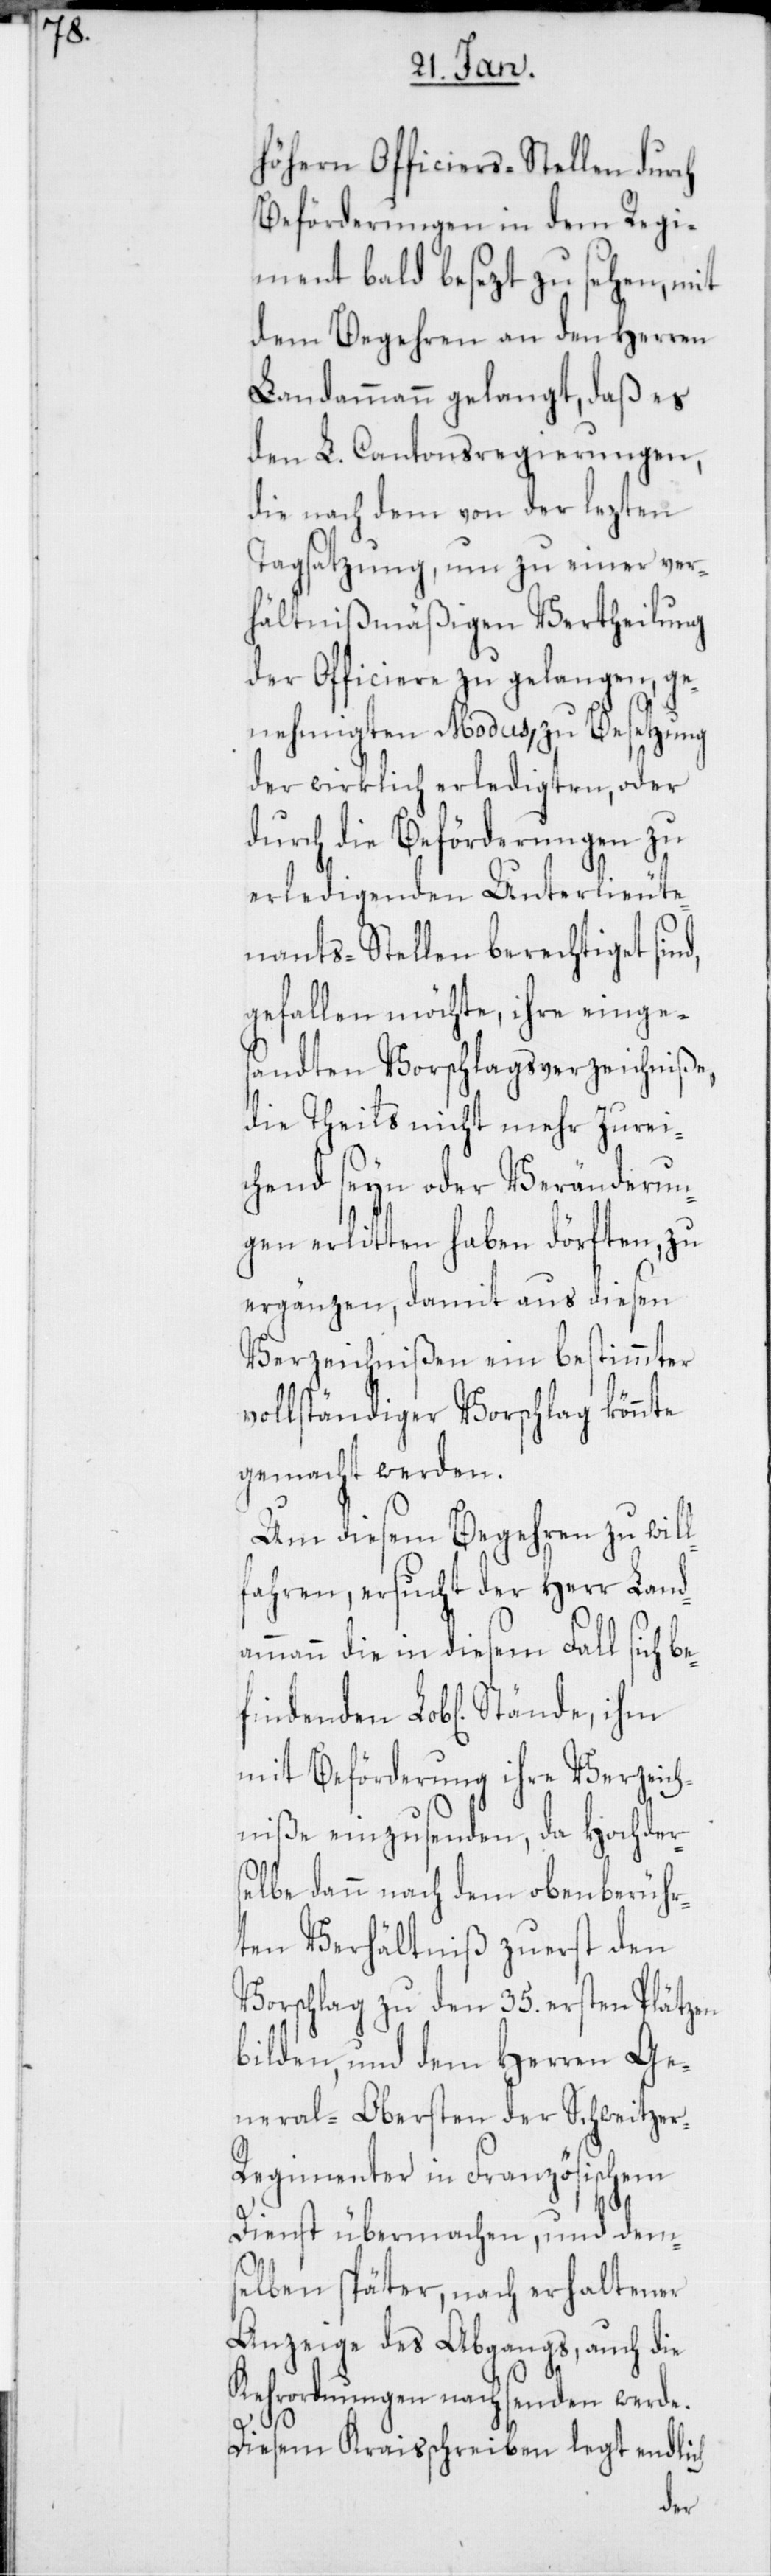
e¬

höhern Officiers-Stellen durch
Beförderungen in dem Regi¬
ment bald besezt zu sehen, mit
dem Begehren an den Herren
Landammann gelangt, daß es
den L. Cantonsregierungen,
die nach dem von der lezten
Tagsatzung, um zu einer ver¬
hältnißmäßigen Vertheilung
der Officiere zu gelangen, ge¬
nehmigten Modus, zu Besetzung
der wirklich erledigten, oder
durch die Beförderungen zu
erledigenden Unterlieute¬
nants-Stellen berechtiget si¬
gefallen möchte, ihre einge¬
sandten Vorschlagsverzeichniße,
die Theils nicht mehr zurei¬
chend seyn oder Veränderun¬
gen erlitten haben dörften, zu
ergänzen, damit aus diesen
Verzeichnißen ein bestimmter
vollständiger Vorschlag könnte
gemacht werden.
Um diesem Begehren zu will¬
fahren, ersucht der Herr Land¬
ammann die in diesem Fall sich b¬
findenden Lobl. Stände, ihm
mit Beförderung ihre Verzeich¬
niße einzusenden, da hochder¬
selbe dann nach dem obenberühr¬
ten Verhältniß zuerst den
Vorschlag zu den 35. ersten Plätzen
bilden, und dem Herren Ge¬
neral-Obersten der Schweitze¬
r-Regimenter in Französischem
Dienst übermachen, und dem¬
selben später, nach erhaltener
Anzeige des Abgangs, auch die
Kehrordnungen nachsenden werde.
Diesem Kraisschreiben legt endlich